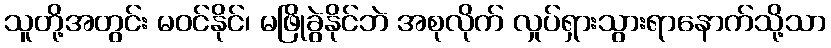
သူတို့အတွင်း မဝင်နိုင်၊ မဖြိုခွဲနိုင်ဘဲ အစုလိုက် လှုပ်ရှားသွားရာနောက်သို့သာ